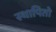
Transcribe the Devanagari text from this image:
स्थापितो